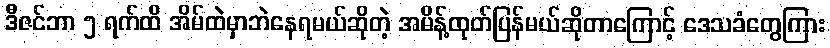
ဒီဇင်ဘာ ၅ ရက်ထိ အိမ်ထဲမှာဘဲနေရမယ်ဆိုတဲ့ အမိန့်ထုတ်ပြန်မယ်ဆိုတာကြောင့် ဒေသခံတွေကြား